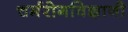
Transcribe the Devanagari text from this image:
चर्मरोगविज्ञानी